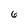
Character: 6